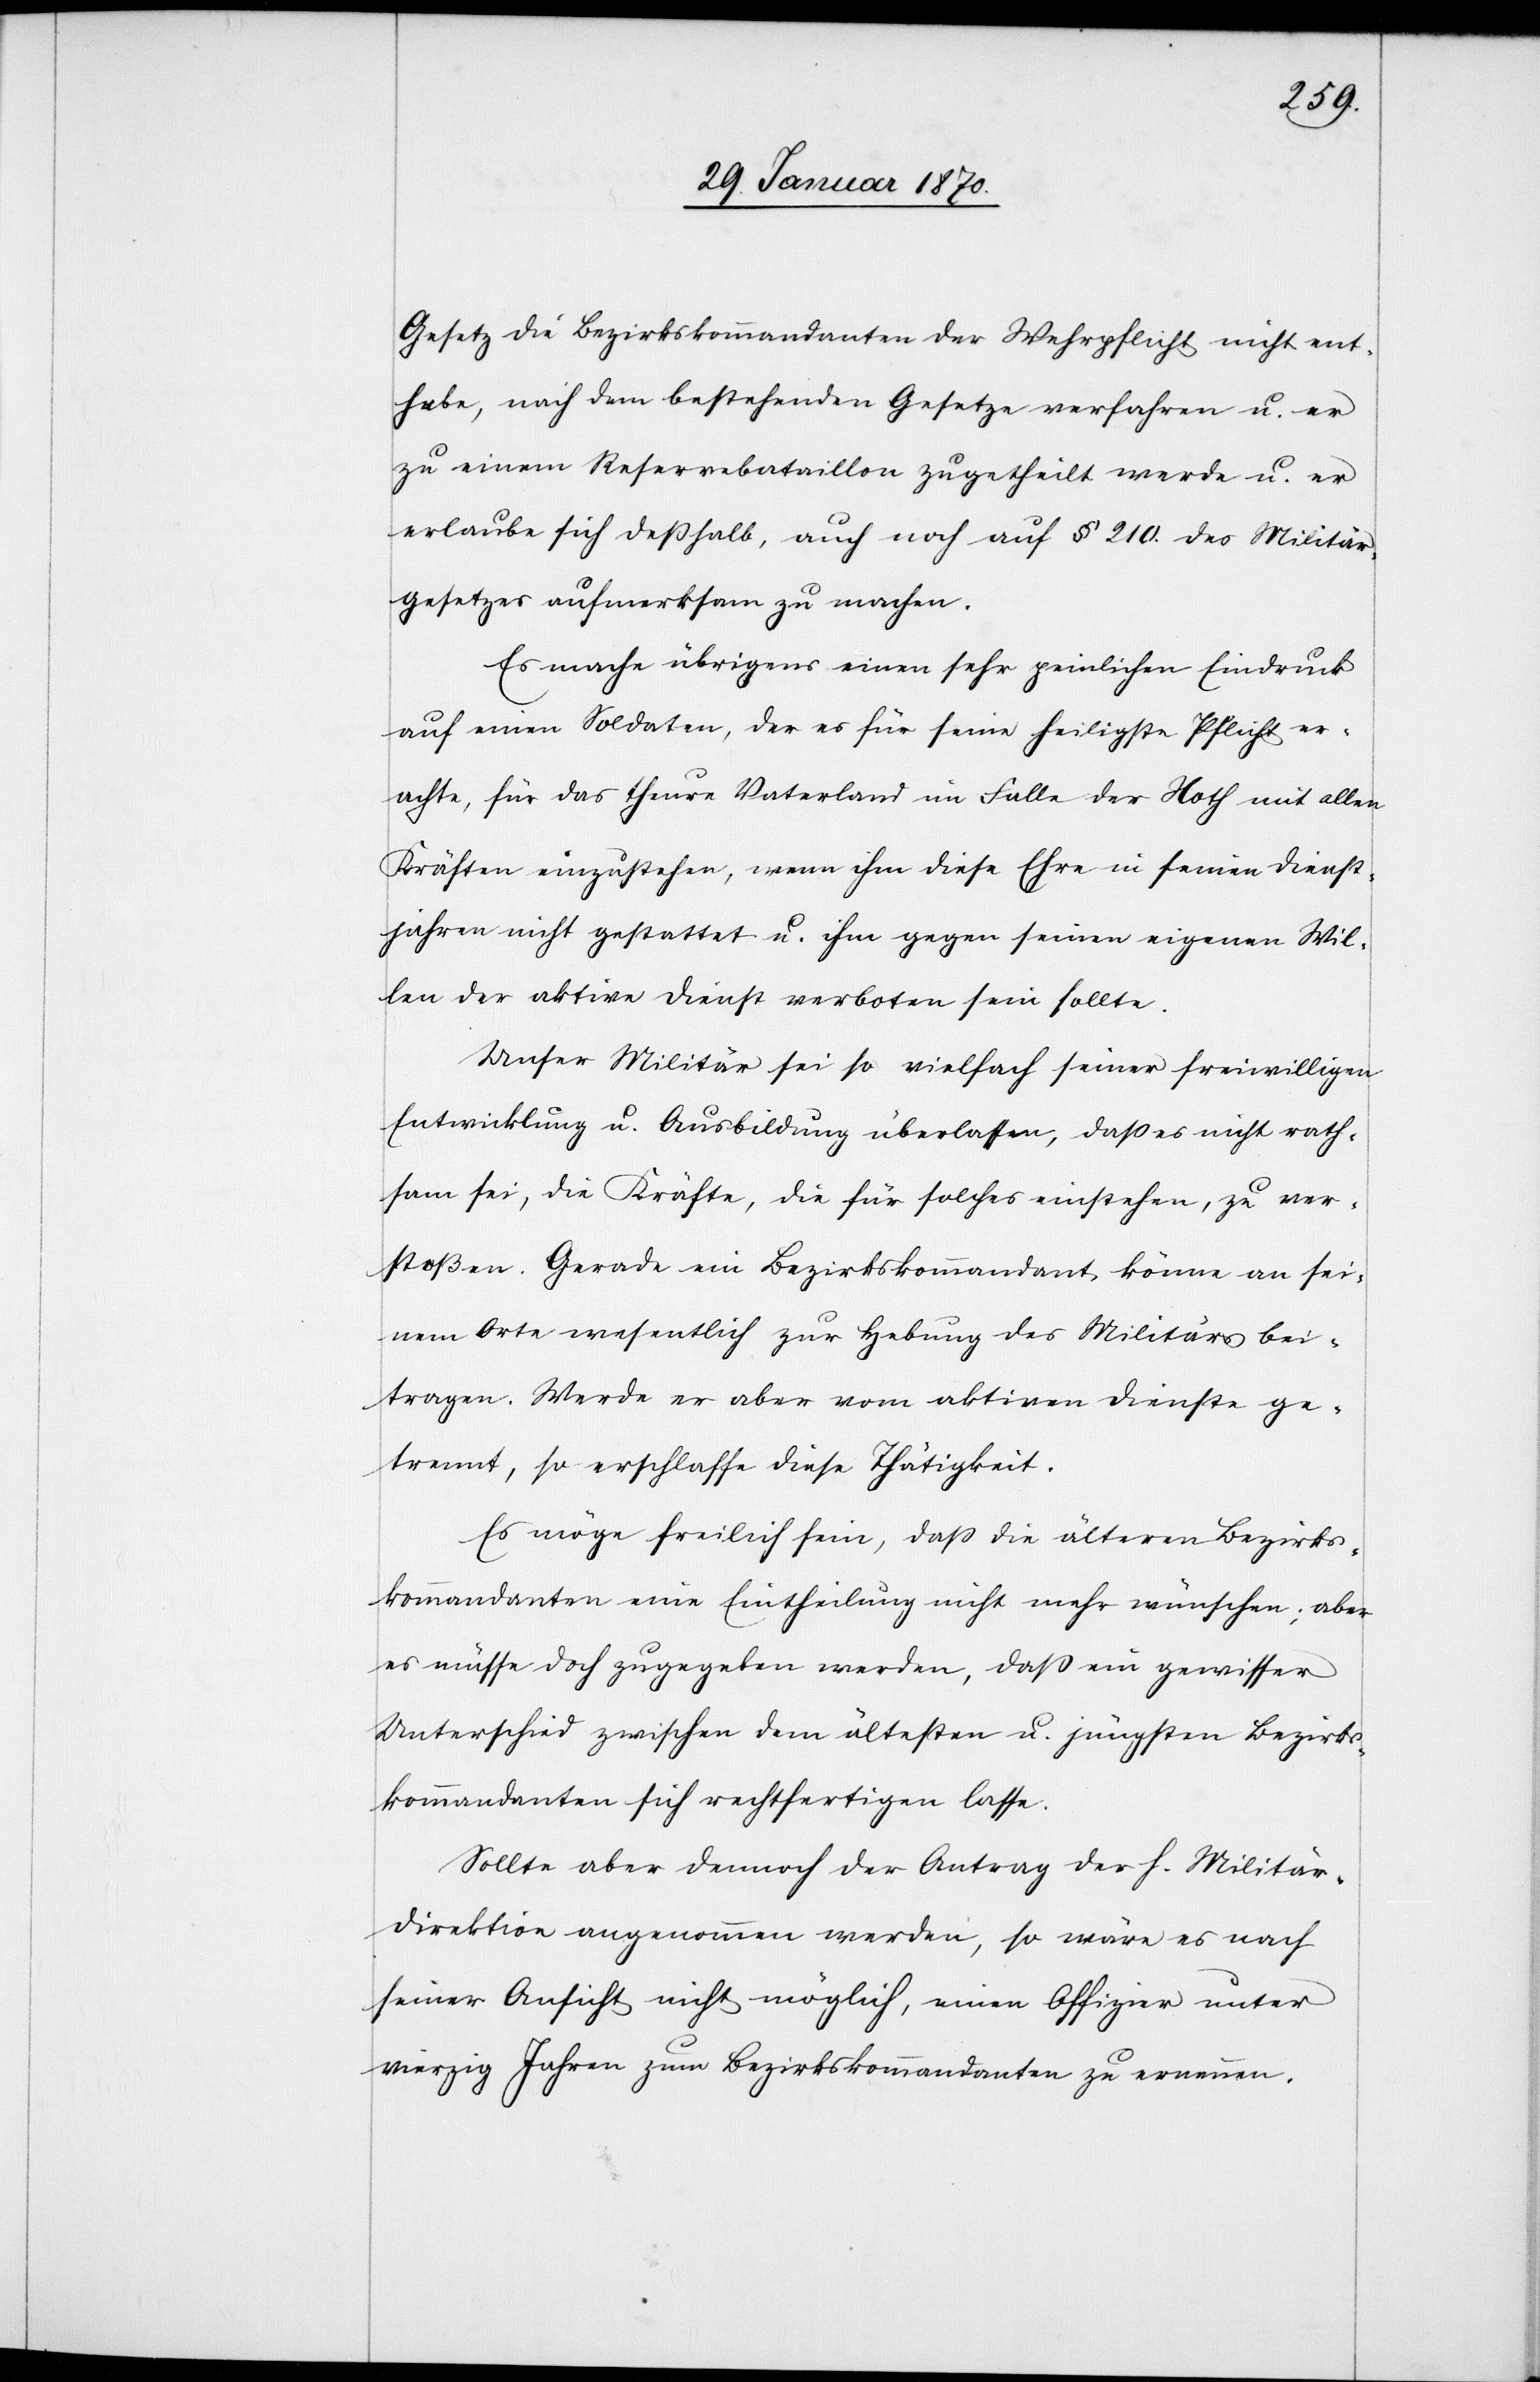
Gesetz die Bezirkskommandanten der Wehrpflicht nicht ent¬
hebe, nach dem bestehenden Gesetze verfahren u. er
zu einem Reservebataillon zugetheilt werde u. er
erlaube sich deßhalb, auch noch auf § 210. des Militär¬
gesetzes aufmerksam zu machen.
Es mache übrigens einen sehr peinlichen Eindruck
auf einen Soldaten, der es für seine heiligste Pflicht er¬
achte, für das theure Vaterland im Falle der Noth mit allen
Kräften einzustehen, wenn ihm diese Ehre in seinen Dienst¬
jahren nicht gestattet u. ihm gegen seinen eigenen Wil¬
len der aktive Dienst verboten sein sollte.
Unser Militär sei so vielfach seiner freiwilligen
Entwicklung u. Ausbildung überlassen, dass es nicht rath¬
sam sei, die Kräfte, die für solches einstehen, zu ver¬
stoßen. Gerade ein Bezirkskommandant könne an sei¬
nem Orte wesentlich zur Hebung des Militärs bei¬
tragen. Werde er aber vom aktiven Dienste ge¬
trennt, so erschlaffe diese Thätigkeit.
Es möge freilich sein, dass die älteren Bezirks¬
kommandanten eine Eintheilung nicht mehr wünschen; aber
es müsse doch zugegeben werden, dass ein gewisser
Unterschied zwischen dem ältesten u. jüngsten Bezirks¬
kommandanten sich rechtfertigen lasse.
Sollte aber dennoch der Antrag der h. Militär¬
direktion angenommen werden, so wäre es nach
seiner Ansicht nicht möglich, einen Offizier unter
vierzig Jahren zum Bezirkskommandanten zu ernennen.